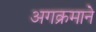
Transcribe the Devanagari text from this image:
अगक्रमाने